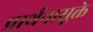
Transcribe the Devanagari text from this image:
प्रार्थनासूक्ते